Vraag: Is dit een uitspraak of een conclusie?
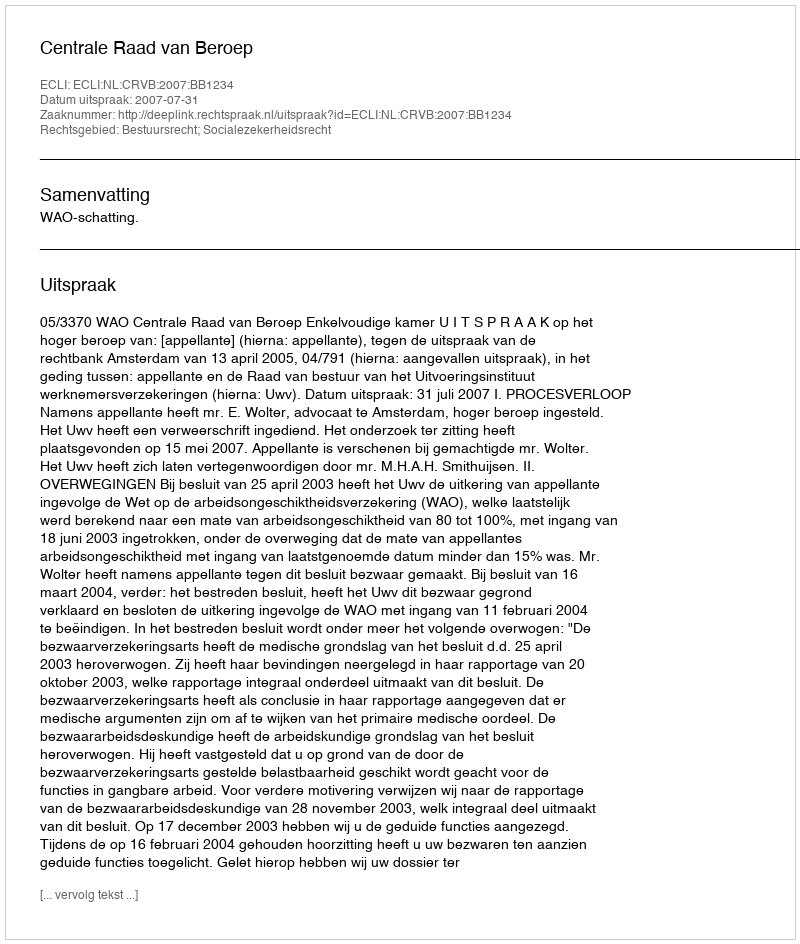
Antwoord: Uitspraak